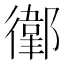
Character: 𢖁